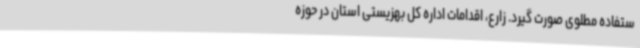
ستفاده مطلوی صورت گیرد. زارع، اقدامات اداره کل بهزیستی استان در حوزه